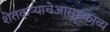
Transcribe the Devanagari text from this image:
शेतकऱ्याचेआसूडकाव्य